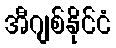
အီဂျစ်နိုင်ငံ